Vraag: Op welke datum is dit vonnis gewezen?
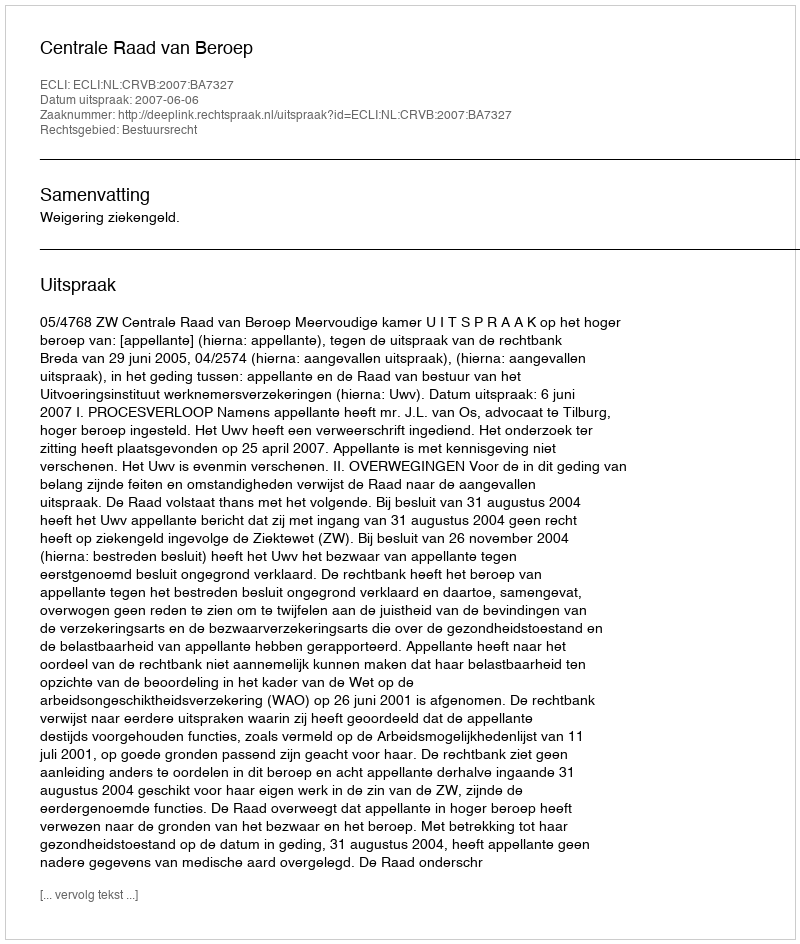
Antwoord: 2007-06-06